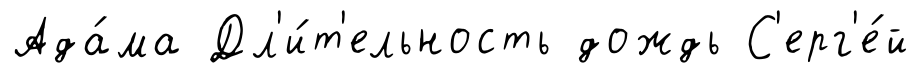
Ада́ма Дл'и́т'ельность дождь С'ерг'е́й